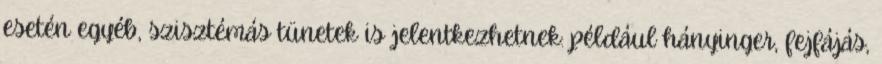
esetén egyéb, szisztémás tünetek is jelentkezhetnek: például hányinger, fejfájás,